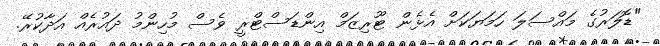
"ޑޮލަރުގެ މައްސަލަ ހަމަޔަކަށް އެޅެން ޓޫރިޒަމް އިންޑަސްޓްރީ ވެސް މުހިންމު ދައުރެއް އަދާކުރޭ.